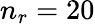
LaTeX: n_{r}=20